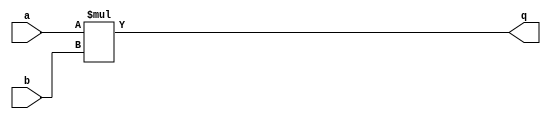
module mul_5 (q,a,b );
input a,b;
output [1:0] q;
assign q = {1'b0,a} * {1'b0,b};
endmodule